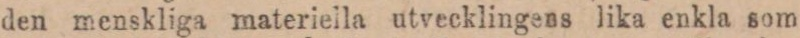
den menskliga materiella utvecklingens lika enkla som